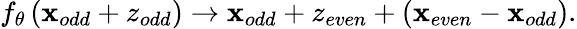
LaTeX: f_{\theta}\left(\mathbf{x}_{odd}+z_{odd}\right)\rightarrow\mathbf{x}_{odd}+z_{even}+(\mathbf{x}_{even}-\mathbf{x}_{odd}).